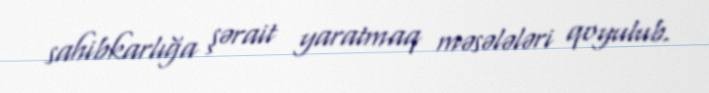
sahibkarlığa şərait yaratmaq məsələləri qoyulub.